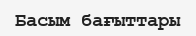
Басым бағыттары